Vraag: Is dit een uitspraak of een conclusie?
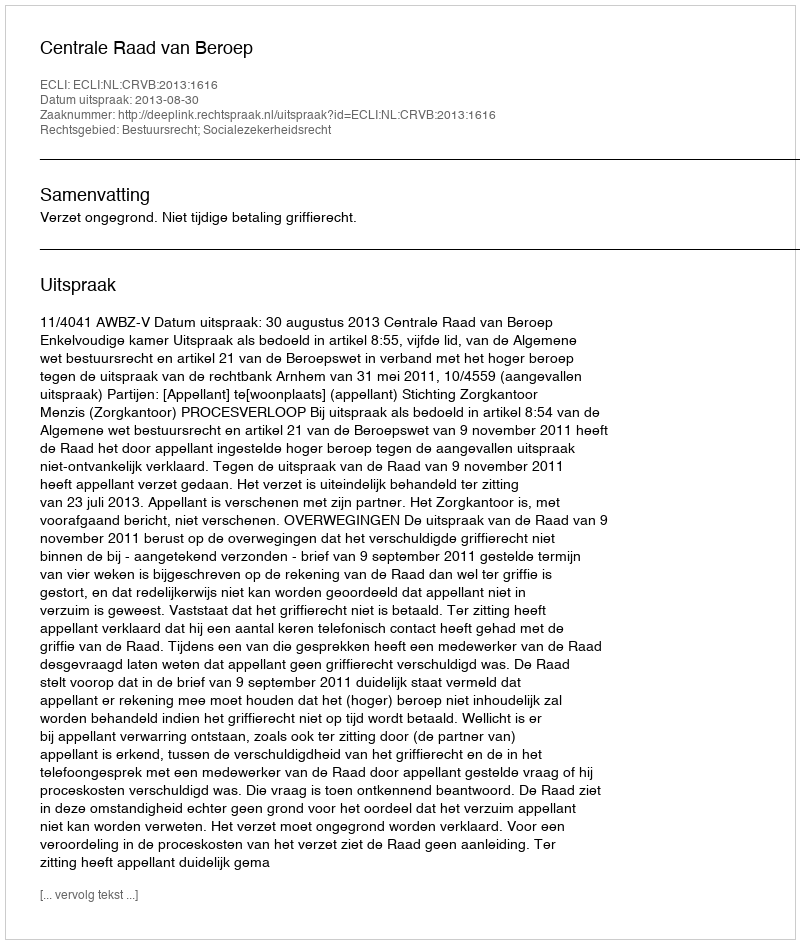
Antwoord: Uitspraak